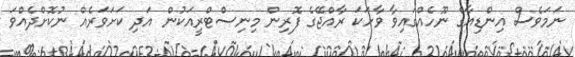
ނަމަވެސް އިންޑިއާގެ ނޫހެއްގައިވާ ވާހަކަ ރާއްޖޭގެ ފޮރިން މިނިސްޓްރީއަކުން އަދި ކަށަވަރެއް ނުކޮށްދެއްވަ